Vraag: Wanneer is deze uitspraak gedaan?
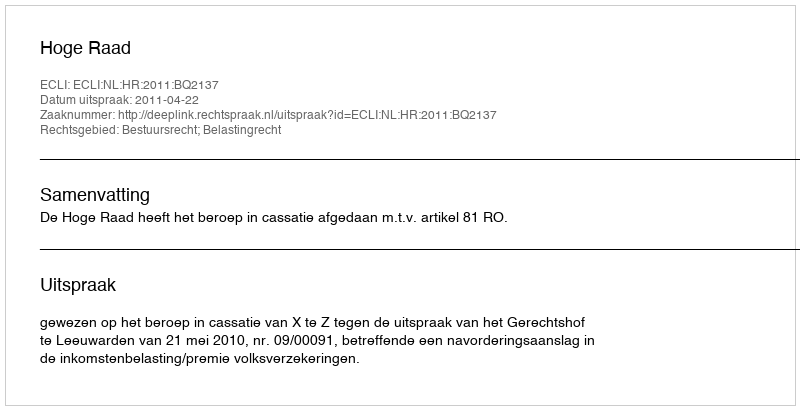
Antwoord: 2011-04-22